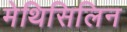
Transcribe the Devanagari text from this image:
मेथिसिलिन